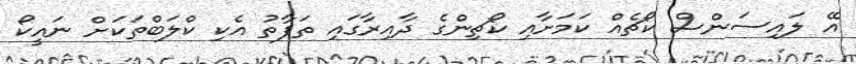
އޭ ލައިސަންސް ކޯޗެއް ކަމަށާއި ކޯޗިންގެ ދާއިރާގައި ތަފާތު އެކި ކްލަބްތަކަށް ނައީކޯ